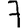
Digit: 7